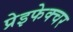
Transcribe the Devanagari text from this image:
प्रेइफेक्चर